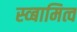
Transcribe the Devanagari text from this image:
स्व्बामित्व